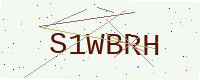
Text: S1WBRH